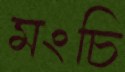
মংচি